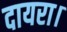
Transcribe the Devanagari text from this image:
दायरा।